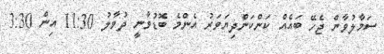
ސަމާލުވާން ޖެހޭ ބައެއް ކަންކަންދިޔަވަރު އެންމެ ބޮޑުވާނީ ދުވާލު 11:30 އިން 3:30